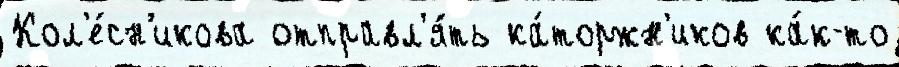
Кол'е́сн'икова отправл'я́ть ка́торжн'иков ка́к-то